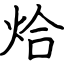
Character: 烚